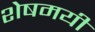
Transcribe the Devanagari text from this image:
शेषमयी